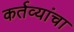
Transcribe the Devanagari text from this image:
कर्तव्यांचा